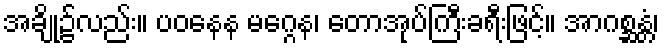
အချို့၌လည်း။ ပဝနေန မဂ္ဂေန၊ တောအုပ်ကြီးခရီးဖြင့်။ အာဂစ္ဆန္တံ၊